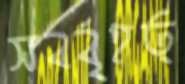
সবর্বৃহত্